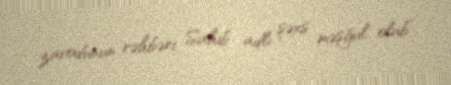
zavodunun rəhbəri Sahib adlı şəxs məşğul olub”.